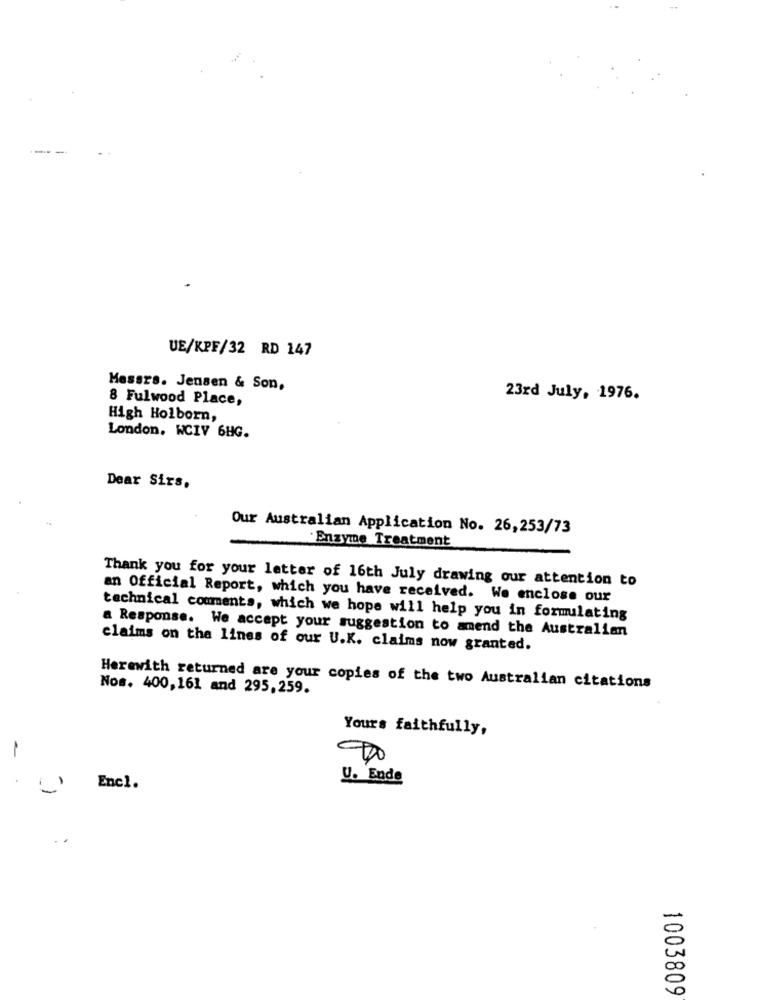
UE/KPF/32 RD 147
Messrs. Jensen & Son,
8 Fulwood Place,
23rd July, 1976.
High Holborn,
London, WCIV 6HG.
Dear Sirs.
Our Australian Application No. 26,253/73
·Enzyme Treatment
Thank you for your letter of 16th July drawing our attention to
an Official Report, which you have received. We enclose our
technical comments, which we hope will help you in formulating
a Response. We accept your suggestion to amend the Australian
claims on the lines of our U.K. claims now granted.
Herewith returned are your copies of the two Australian citations
Nos. 400,161 and 295,259.
Yours faithfully,
.
U. Ende
Encl.
00
1003809